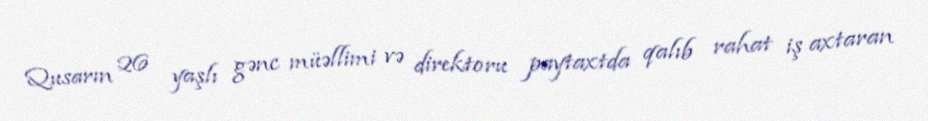
Qusarın 26 yaşlı gənc müəllimi və direktoru paytaxtda qalıb rahat iş axtaran